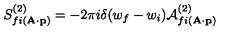
S _ { f i ( { \bf A \cdot p } ) } ^ { ( 2 ) } = - 2 \pi i \delta ( w _ { f } - w _ { i } ) { \cal A } _ { f i ( { \bf A \cdot p } ) } ^ { ( 2 ) }